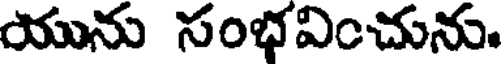
యును సంభవించును.